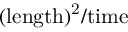
\mathrm { ( l e n g t h ) ^ { 2 } / t i m e }